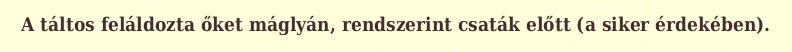
A táltos feláldozta őket máglyán, rendszerint csaták előtt (a siker érdekében).